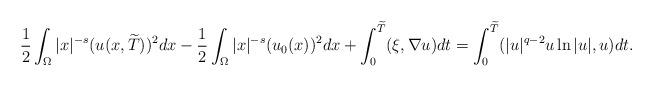
LaTeX: \begin{align*}\frac12\int_\Omega|x|^{-s}(u(x,\widetilde{T}))^2dx-\frac12\int_\Omega|x|^{-s}(u_0(x))^2dx+\int_0^{\widetilde{T}}(\xi,\nabla u)dt=\int_0^{\widetilde{T}}(|u|^{q-2}u\ln|u|,u)dt.\end{align*}